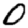
Digit: 0